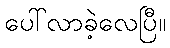
ပေါ်လာခဲ့လေပြီ။